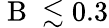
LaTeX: \mathrm{~B~}\lesssim 0.3